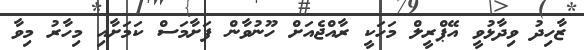
ޒާހިދު ވިދާޅުވީ އޭޕްރީލް މަހަކީ ރާއްޖެއަށް ހޫނުވާން ފަށާމަސް ކަމަށާއި މިހާރު މިވާ